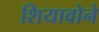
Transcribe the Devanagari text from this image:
शियावोने